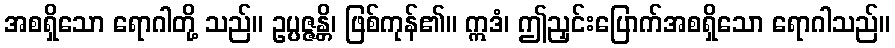
အစရှိသော ရောဂါတို့ သည်။ ဥပ္ပဇ္ဇန္တိ၊ ဖြစ်ကုန်၏။ ဣဒံ၊ ဤညှင်းပြောက်အစရှိသော ရောဂါသည်။